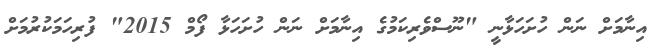
އިނާމަށް ނަން ހުށަހަޅާނީ "ނޫސްވެރިކަމުގެ އިނާމަށް ނަން ހުށަހަޅާ ފޯމް 2015" ފުރިހަމަކުރުމަށް